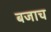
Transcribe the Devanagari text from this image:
बजाच